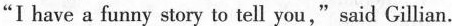
"I have a funny story to tell you,"said Gillian.